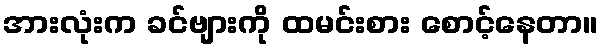
အားလုံးက ခင်ဗျားကို ထမင်းစား စောင့်နေတာ။